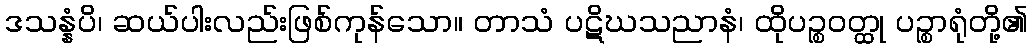
ဒသန္နံပိ၊ ဆယ်ပါးလည်းဖြစ်ကုန်သော။ တာသံ ပဋိဃသညာနံ၊ ထိုပဉ္စဝတ္ထု ပဉ္စာရုံတို့၏